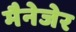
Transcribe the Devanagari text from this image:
मैनेजेर